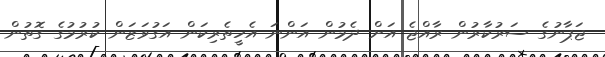
ޖަޕާނުގެ ސަރުކާރުން ރާއްޖެ އަށް ދެމުން އަންނަ އެހީތެރިކަން އަގުވަޒަން ކުރުމުގެ ގޮތުން